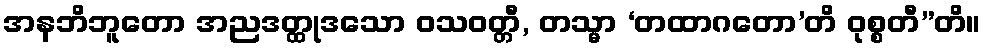
အနဘိဘူတော အညဒတ္ထုဒသော ဝသဝတ္တီ, တသ္မာ ‘တထာဂတော’တိ ဝုစ္စတီ”တိ။